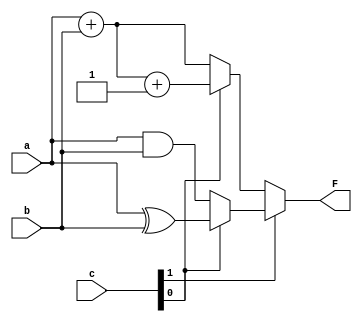
/*
******************* Alu 2 *****************| 
c1    c0               d1  d2  d3  d4  d5  |
 0     0      A+B       x   x   x   0   1  |
 0     1      A+B+1     x   x   x   1   1  |
 1     0      A&B       1   0   0   x   0  |
 1     1      A^B       0   1   1   x   0  |
*/


module alu2_altonivel(input [3:0] a,b, input [1:0] c, output [3:0] F);
  wire [3:0] F1,F0; 
  assign F = ( c[1] )? F1 : F0 ;
  assign F0 = ( c[0]  )? a+b+1 : a+b;
  assign F1 = ( c[0]  )? a^b : a&b ;
endmodule 

module alu2(input [3:0] a,b, input [1:0] c, output [3:0] F);
  wire [3:0] And1, And2, And3, And4, Xor1, Xor2, Add;
  wire d1,d2,d3,d4,d5;

  assign d1 = ~c[0];
  assign d2 = c[0]; 
  assign d3 = c[0];
  assign d4 = c[0];
  assign d5 = ~c[1];

  assign And1 = a & And2;
  assign And2 = b & {4{d1}};
  assign And3 = {4{d2}} & a;
  assign And4 = {4{d3}} & b;
  assign Xor1 = And1 ^ Xor2;
  assign Xor2 = And4 ^ And3;
  assign Add = a + b + d4;
  assign F = (d5)?Add:Xor1;

endmodule

module testbench;
    reg [3:0] a,b;
    reg [1:0] c;
    wire [3:0] f1,f2;
    alu2_altonivel M1(a,b,c,f1);
    alu2 M2(a,b,c,f2);
    integer i;     
    initial begin
                
    $monitor(" a=%d,b=%d c=%d f1 %d f2 %d",a,b,c,f1,f2);
      for (i=0; i < 1024; i=i+1)
	      begin 
          a= i[9:6]; b = i[5:2]; c = i[1:0]; #1;
          if ( f1 !== f2 ) $display("Falha ! a=%d b=%d c %d",a,b,c);
      end  // for 
    end  // initial
     
    endmodule